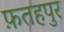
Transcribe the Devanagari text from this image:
फ़तहपुर